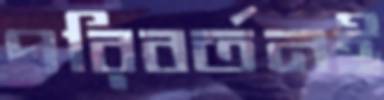
পরিবর্তনই